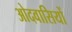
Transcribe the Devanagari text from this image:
ओदवासियों